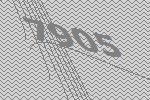
7905